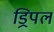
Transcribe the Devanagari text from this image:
ड्रिपल